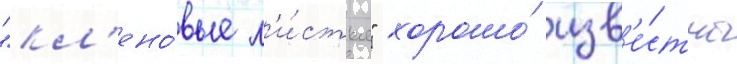
"кл'ено́вые л'и́стья" хорошо́ изв'е́стны